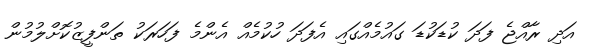
އަދި ރާއްޖެ ފަދަ ކުޑަކުޑަ ގައުމެއްގައި އެފަދަ ހުކުމެއް އެންމެ ފަހަރަކު ތަންފީޒުކޮށްލުމުން